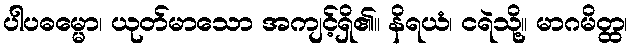
ပါပဓမ္မော၊ ယုတ်မာသော အကျင့်ရှိ၏။ နိရယံ၊ ငရဲသို့။ မာဂမိတ္ထ၊